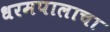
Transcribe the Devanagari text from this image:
धरमपालाचा